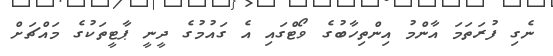
ނެގި ފުރަތަމަ އާންމު އިންތިހާބުގެ ވޯޓްގައި އެ ގައުމުގެ ދީނީ ޕާޓީތަކުގެ މައްޗަށް